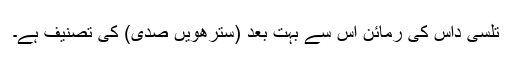
تلسی داس کی رمائن اس سے بہت بعد (سترھویں صدی) کی تصنیف ہے۔